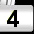
Digit: 3